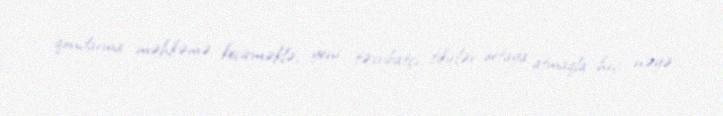
qondarma məhkəmə keçirməklə, yeni təxribatçı fikirlər ortaya atmaqla heç nəyə